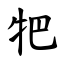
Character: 㸭